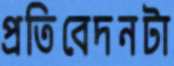
প্রতিবেদনটা